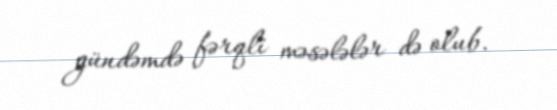
gündəmdə fərqli məsələlər də olub.